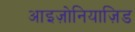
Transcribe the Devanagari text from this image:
आइज़ोनियाज़िड